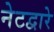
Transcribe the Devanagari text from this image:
नेटद्वारे